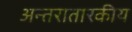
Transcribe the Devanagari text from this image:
अन्तरातारकीय